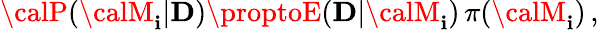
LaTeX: {\calP}({\calM}_{\mathbf{i}}|{\mathbf{D}})\proptoE({\mathbf{D}}|{\calM}_{\mathbf{i}})\, \pi({\calM}_{\mathbf{i}})\, ,